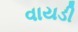
વાયડી